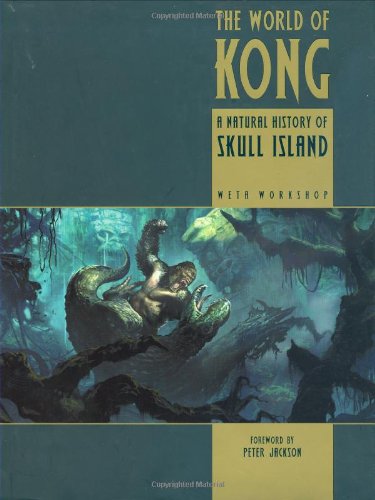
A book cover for The World of Kong: A Natural History of Skull Island (King Kong); Weta Workshop; Humor & Entertainment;